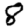
Digit: 8